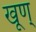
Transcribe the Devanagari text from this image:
खूण्